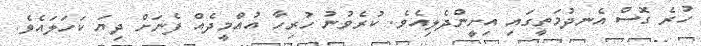
ހުރެ ގޮސް އެނދުމަތީގައި އިށީންދެލިއެވެ. ކުރެވުނު ހުރިހާ އުއްމީދެއް ފެނަށް ދިޔަ ކަހަލައެވެ.